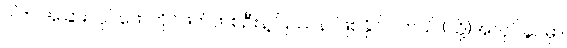
ဒါက အခြားလုပ်ဖော်ကိုင်ဖက်တစ်ဦးနဲ့ ပြဿနာဖြစ်နိုင်ပါတယ် (သို့)အလုပ်ခွင်မှာ